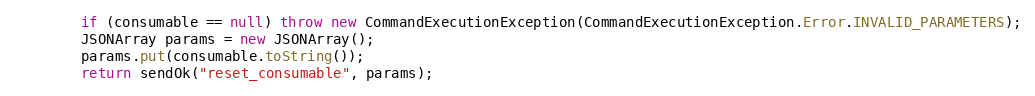
Language: Java
        if (consumable == null) throw new CommandExecutionException(CommandExecutionException.Error.INVALID_PARAMETERS);
        JSONArray params = new JSONArray();
        params.put(consumable.toString());
        return sendOk("reset_consumable", params);